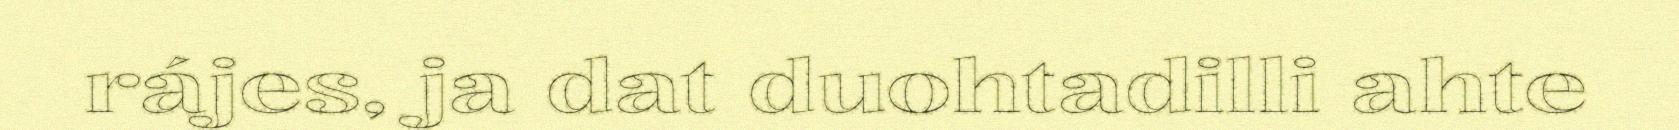
rájes, ja dat duohtadilli ahte